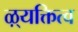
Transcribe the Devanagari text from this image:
ऴ्यक्तित्व